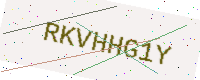
Text: RKVHHG1Y